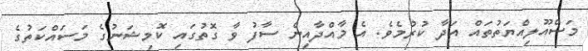
މަސްއޫލިއްޔަތުތައް އަދާ ކުރުމެވެ. އެ މާއްދާއިން ސާފު ވާ ގޮތުގައި ކޮމިޝަނުގެ މަސައްކަތުގެ